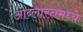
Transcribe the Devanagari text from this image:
ओब्लास्तमध्ये